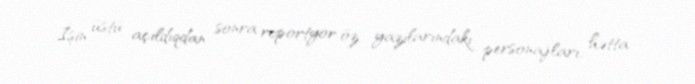
İşin üstü açıldıqdan sonra reportyor öz yazılarındakı personajları, hətta